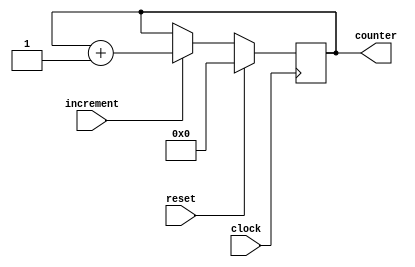
module mycounter(clock,reset,increment,counter);

input clock,reset,increment;

output reg[15:0]counter;

always @(posedge clock)
	begin
		if (reset)
			counter = 0;
		else if (increment)
			counter = counter + 1;
	end

endmodule